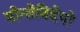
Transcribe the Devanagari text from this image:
मोन्तेविदेयो